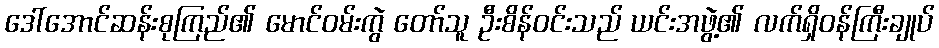
ဒေါ်အောင်ဆန်းစုကြည်၏ မောင်ဝမ်းကွဲ တော်သူ ဦးစိန်ဝင်းသည် ယင်းအဖွဲ့၏ လက်ရှိဝန်ကြီးချုပ်